Civil Veterinary Dept. Bombay admin report 1900-1906 - 1900-1906
Year: 1900
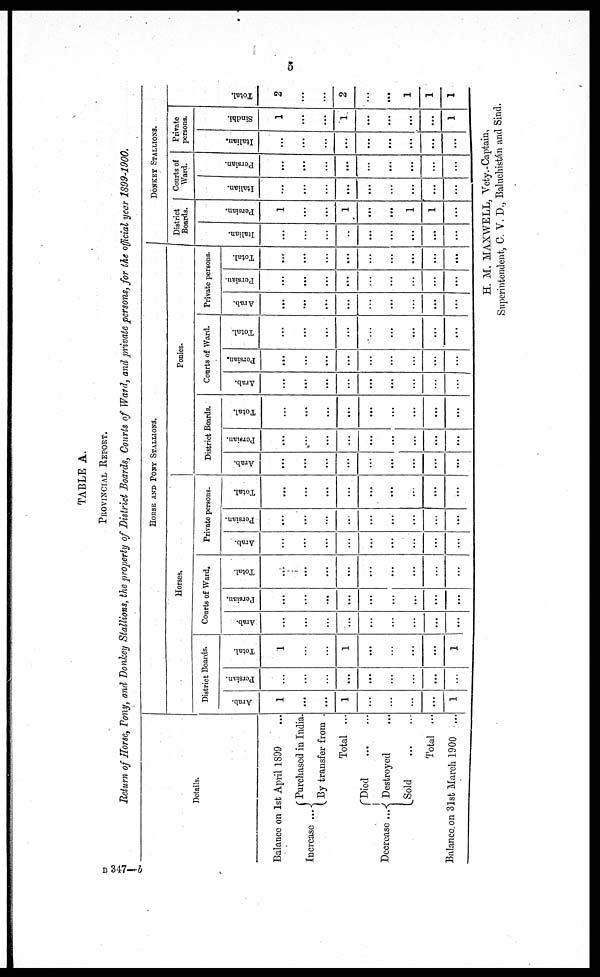
5
TABLE A.
PROVINCIAL REPORT.
Return of Horse, Pony, and Donkey Stallions, the property of District Boards, Courts of Ward, and private persons, for the official year 1899-1900.
Details.
Balance on 1st April 1899 ...
Increase ...
Purchased in India.
By transfer from .
Total ...
Decrease ...
Died
...
...
Destroyed ...
Sold
...
...
Total ...
Balance on 31st March 1900 ...
HORSE AND PONY STALLIONS.
Horses.
District Boards.
Arab.
1
...
...
1
...
...
...
...
1
Persian.
...
...
...
...
...
....
...
...
...
Total.
1
...
...
1
...
...
...
...
1
Courts of Ward.
Arab.
...
...
...
...
...
...
...
...
...
Persian.
...
...
...
...
...
...
...
...
...
Total.
...
...
...
...
...
...
...
...
...
Private persons.
Arab.
...
...
...
...
...
...
...
...
...
Persian.
...
...
...
...
...
...
...
...
...
Total.
...
...
...
...
...
...
...
...
...
Ponies.
District Boards.
Arab.
...
...
...
...
...
...
...
...
...
Persian.
..
...
.
...
...
...
...
...
...
...
Total.
...
...
...
...
...
...
...
...
...
Courts of Ward.
Arab.
...
...
...
...
...
...
...
...
...
Persian.
...
...
...
...
...
..
...
...
...
Total.
...
...
...
...
...
...
...
...
...
Private persons.
Arab.
...
...
...
...
...
...
...
...
...
Persian.
...
...
...
...
...
...
...
...
...
Total.
........
...
...
...
...
...
...
...
...
DONKEY STALLIONS.
District
Boards.
I t al i an.
...
...
...
...
...
...
...
...
...
Per s i
an.
1
...
...
1
...
...
1
1
...
Courts of
Ward.
I t al i an.
...
...
...
...
...
...
...
...
...
Per s i
an.
...
...
...
...
...
....
...
...
...
Private
persons.
I t al i an.
...
...
...
...
...
...
...
...
...
Sindhi.
1
...
...
1
...
...
...
...
1
Tot al .
2
..
...
2
...
...
1
1
1
H. M. MAXWELL, Vety.-Captain,
Superintendent, C. V. D., Baluchistán and Sind.
B 347—b